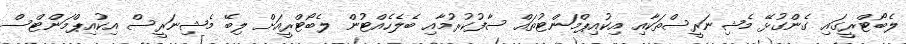
ލެބޯޓްރީގައި ގެންގުޅޭ މެޝިނަރީސްތަކާއި އިކުއިޕްމަންޓުތައް ސާފުކުރުމާއި ބެލެހެއްޓުން ލެބޯޓްރީއަށް ލިބޭ މެޝިނަރީސް އިކުއިޕްމަންޓްސް